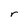
Character: r